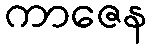
ကာဇေန